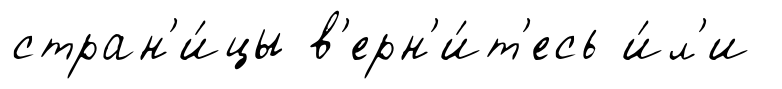
стран'и́цы в'ерн'и́т'есь и́л'и